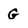
Character: G